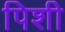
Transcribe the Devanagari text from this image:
पिशी